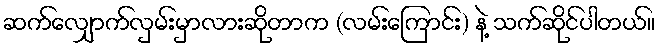
ဆက်လျှောက်လှမ်းမှာလားဆိုတာက (လမ်းကြောင်း) နဲ့ သက်ဆိုင်ပါတယ်။